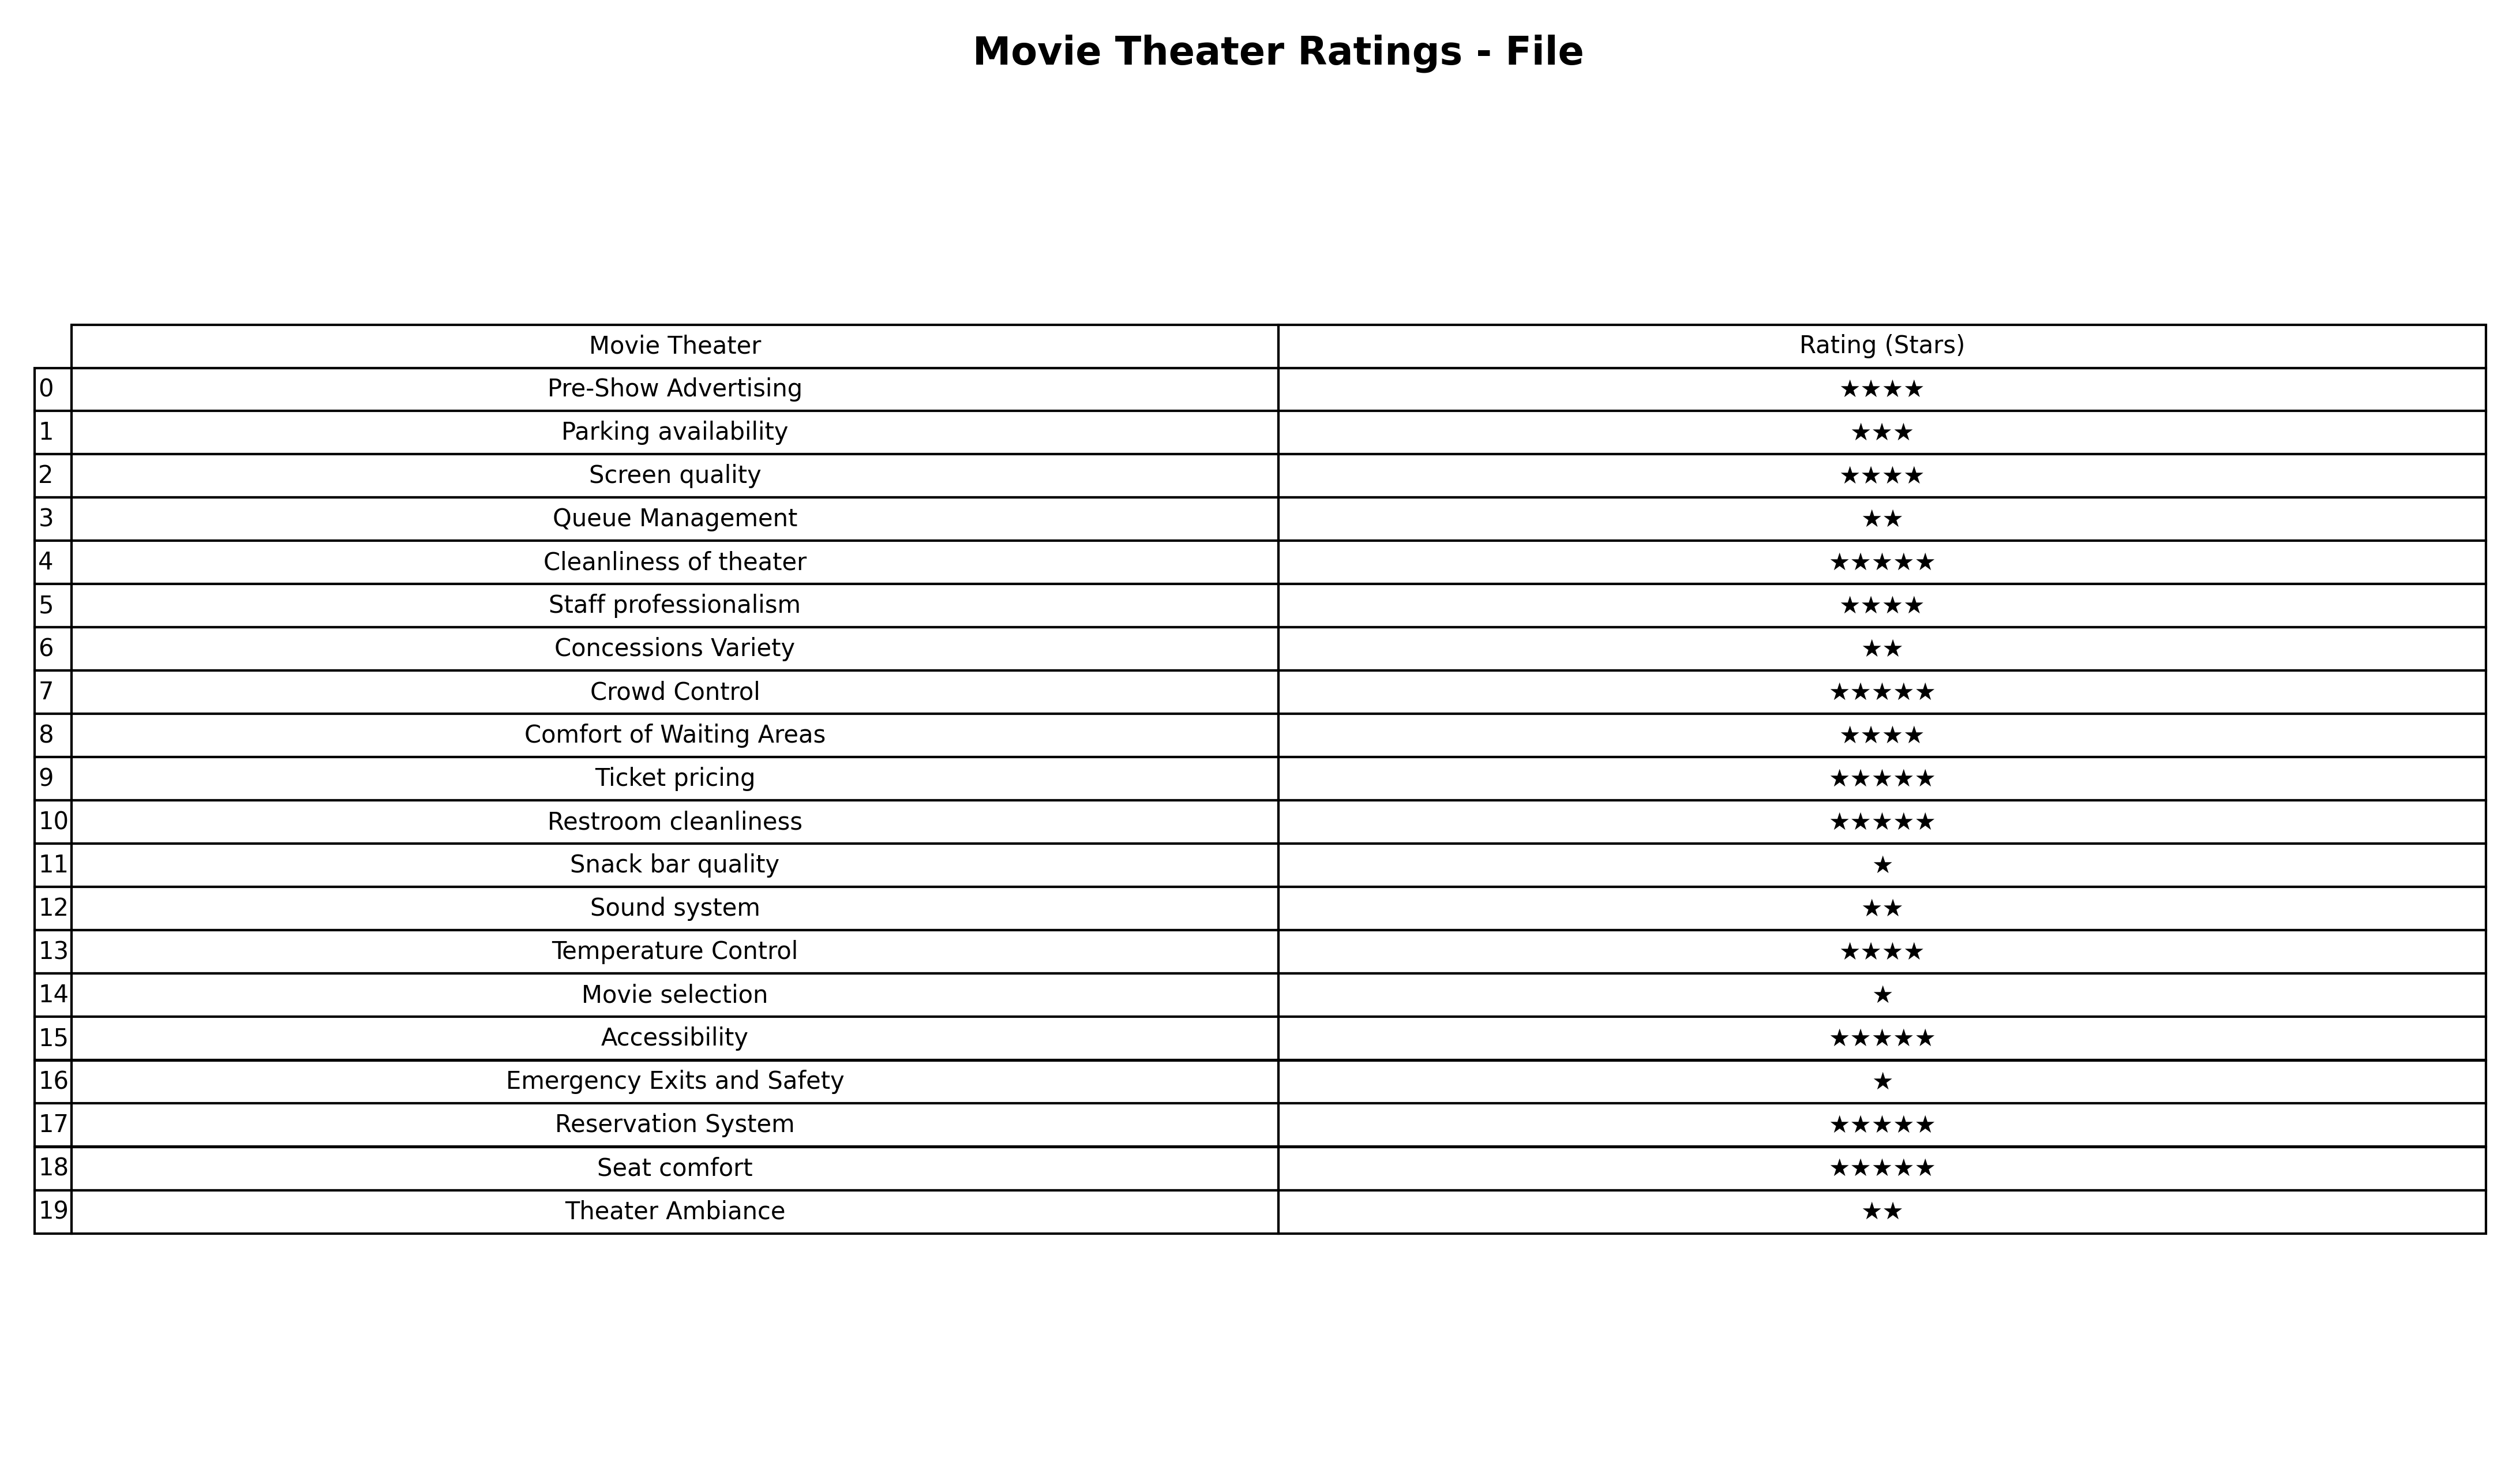
question: What is the rating of Theater Ambiance?
answer: ★★